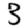
Digit: 3